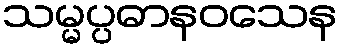
သမ္မပ္ပဓာနဝသေန